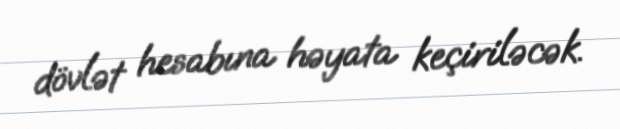
dövlət hesabına həyata keçiriləcək.